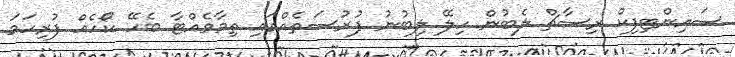
ސައިންޓިފިކް ރިސާޗް ލެބުން ހިލޭ ލިބުނު ފުރުސަތެއްގައި ތިމާވެއްޓާ ބެހޭ ކޯހެއް ފުރިހަމަ